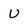
Character: U